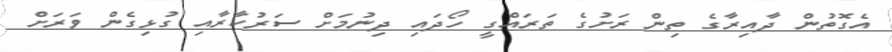
އެގޮތުން ދާއިރާގެ ތިން ރަށުގެ ތަރައްގީ ހޯދައި ދިނުމަށް ސަރުކާރާއި ގުޅިގެން ވަރަށް